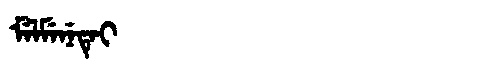
Manchu: ᠮᡝᠯᠮᡝᠨᡝᡨᡝᡳ
Romanization: MELMENETEI